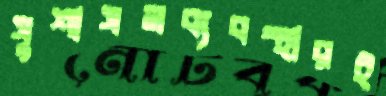
সুশাসনব্যবস্থারই